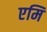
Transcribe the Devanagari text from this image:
एमि